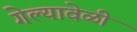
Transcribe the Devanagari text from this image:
गेल्यावेळीं